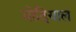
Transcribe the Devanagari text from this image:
मोदियाल